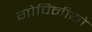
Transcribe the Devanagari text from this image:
गोपिनीयो